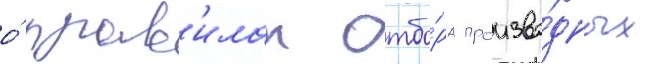
о́ прав'илах отбо́ра произво́дных